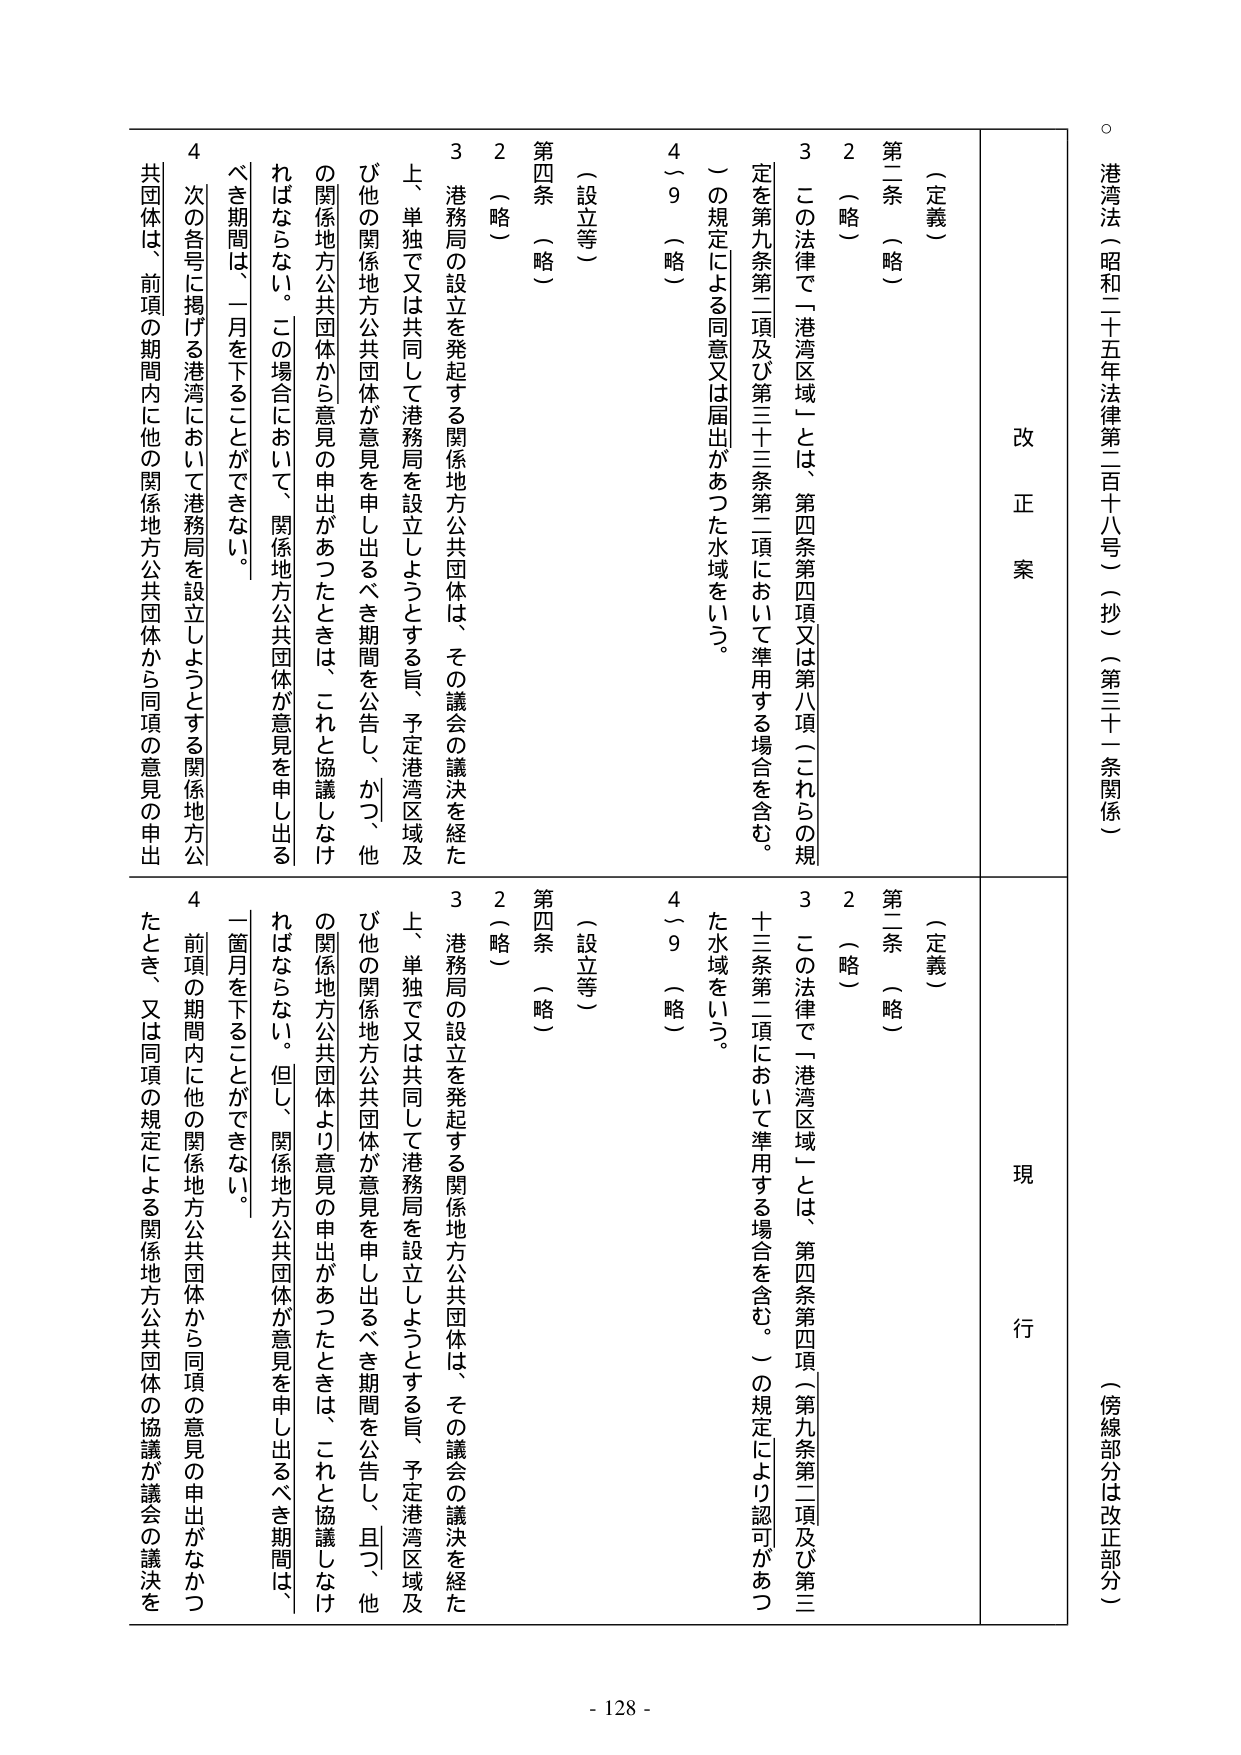
港湾法（昭和二十五年法律第二百十八号）（抄）（第三十一条関係）

（傍線部分は改正部分）

改正案

現行

（定義）

第二条（略）

2（略）

3 この法律で「港湾区域」とは、第四条第四項又は第八項（これらの規定を第九条第二項及び第三十三条第二項において準用する場合を含む。）の規定による同意又は届出があった水域をいう。

4～9（略）

（設立等）

第四条（略）

2（略）

3 港務局の設立を発起する関係地方公共団体は、その議会の議決を経た上、単独で又は共同して港務局を設立しようとする旨、予定港湾区域及び他の関係地方公共団体が意見を申し出るべき期間を公告し、かつ、他の関係地方公共団体から意見の申出があったときは、これと協議しなければならない。この場合において、関係地方公共団体が意見を申し出るべき期間は、一月を下ることができない。

4 次の各号に掲げる港湾において港務局を設立しようとする関係地方公共団体は、前項の期間内に他の関係地方公共団体から同項の意見の申出

（定義）

第二条（略）

2（略）

3 この法律で「港湾区域」とは、第四条第四項（第九条第二項及び第三十三条第二項において準用する場合を含む。）の規定により認可があった水域をいう。

4～9（略）

（設立等）

第四条（略）

2（略）

3 港務局の設立を発起する関係地方公共団体は、その議会の議決を経た上、単独で又は共同して港務局を設立しようとする旨、予定港湾区域及び他の関係地方公共団体が意見を申し出るべき期間を公告し、且つ、他の関係地方公共団体より意見の申出があったときは、これと協議しなければならない。但し、関係地方公共団体が意見を申し出るべき期間は、一箇月を下ることができない。

4 前項の期間内に他の関係地方公共団体から同項の意見の申出がなかったとき、又は同項の規定による関係地方公共団体の協議が議会の議決を

- 128 -